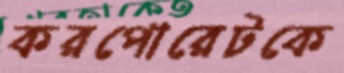
করপোরেটকে